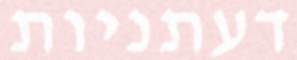
דעתניות